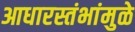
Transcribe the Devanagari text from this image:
आधारस्तंभांमुळे